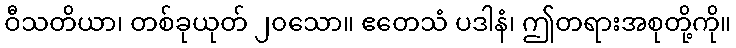
ဝီသတိယာ၊ တစ်ခုယုတ် ၂၀သော။ ဧတေသံ ပဒါနံ၊ ဤတရားအစုတို့ကို။